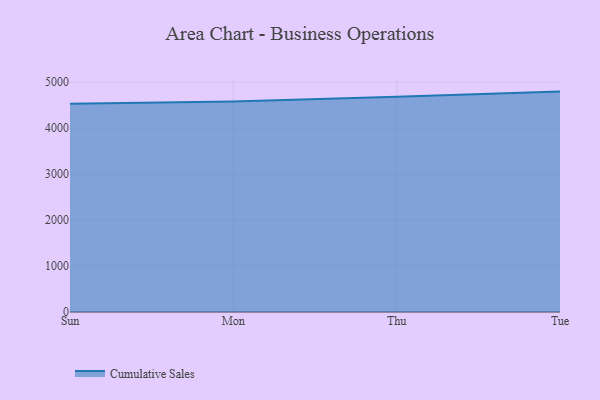
{"axis": {"x": "Day", "y": "Bounce Rate (%)"}, "legend": ["Cumulative Sales"], "data": [{"x": "Sun", "y": 4534.4, "type": "Cumulative Sales"}, {"x": "Mon", "y": 4582.2, "type": "Cumulative Sales"}, {"x": "Thu", "y": 4685.0, "type": "Cumulative Sales"}, {"x": "Tue", "y": 4797.3, "type": "Cumulative Sales"}]}